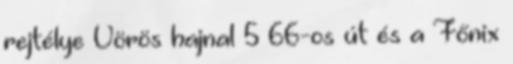
rejtélye Vörös hajnal 5 66-os út és a Főnix